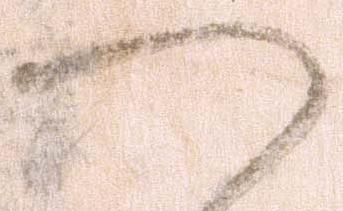
つ